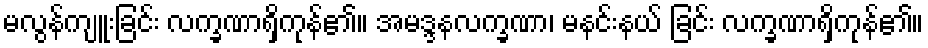
မလွန်ကျူးခြင်း လက္ခဏာရှိကုန်၏။ အမဒ္ဒနလက္ခဏာ၊ မနင်းနယ် ခြင်း လက္ခဏာရှိကုန်၏။